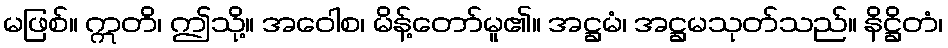
မဖြစ်။ ဣတိ၊ ဤသို့။ အဝေါစ၊ မိန့်တော်မူ၏။ အဋ္ဌမံ၊ အဋ္ဌမသုတ်သည်။ နိဋ္ဌိတံ၊